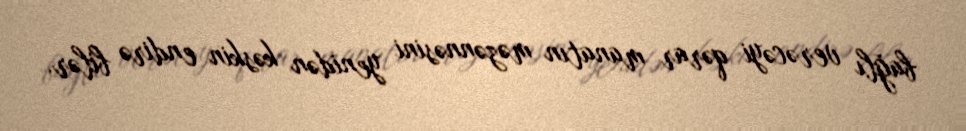
bağlı verəcəyi qərar manatın məzənnəsini yenidən kəskin endirə bilər.